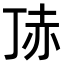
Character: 𧹚